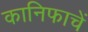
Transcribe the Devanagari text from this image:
कानिफाचें